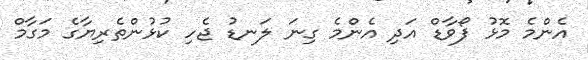
އެންމެ މޮޅު ފޯވާޑް އަދި އެންމެ ގިނަ ލަނޑު ޖެހި ކުޅުންތެރިޔާގެ މަގާމް